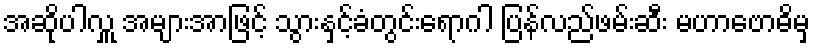
အဆိုပါလှူ အများအာဖြင့် သွားနှင့်ခံတွင်းရောဂါ ပြန်လည်ဖမ်းဆီး မဟာဗောဓိမှ